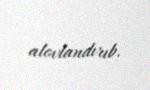
alovlandırıb.